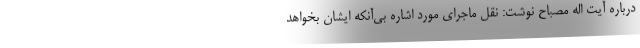
درباره آیت اله مصباح نوشت: نقل ماجرای مورد اشاره بی‌آنکه ایشان بخواهد